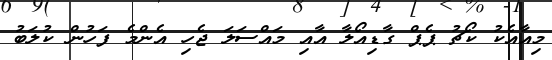
މިއާއެކު ކޯޗު ޕެޕް ގާޑިއޯލާ އާއި މައްސަލަ ޖެހި އެންމެ ފަހުން ކުލަބު